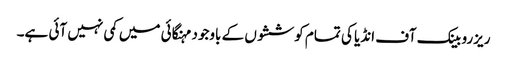
ریزرو بینک آف انڈیا کی تمام کوششوں کے باوجود مہنگائی میں کمی نہیں آئی ہے۔